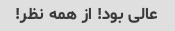
عالی بود! از همه نظر!